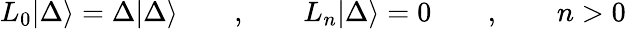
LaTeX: L_{0}|\Delta\rangle=\Delta|\Delta\rangle\qquad,\qquad L_{n}|\Delta\rangle=0\qquad,\qquad n>0